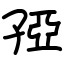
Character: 孲